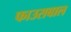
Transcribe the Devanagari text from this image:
फाउसबाल